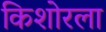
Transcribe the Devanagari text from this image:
किशोरला